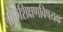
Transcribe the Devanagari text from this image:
लोकशिक्षणविषयक